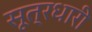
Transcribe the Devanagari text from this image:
सूत्रधारी